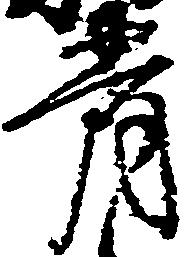
骨